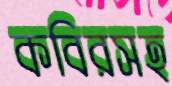
কবিরসহ